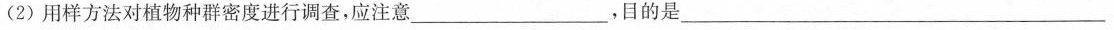
(2)用样方法对植物种群密度进行调查，应注意___，目的是___